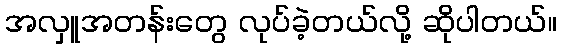
အလှူအတန်းတွေ လုပ်ခဲ့တယ်လို့ ဆိုပါတယ်။